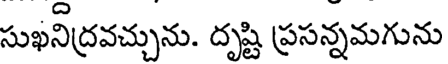
సుఖనిద్రవచ్చును. దృష్టి ప్రసన్నమగును